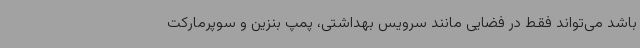
باشد می‌تواند فقط در فضایی مانند سرویس بهداشتی، پمپ بنزین و سوپرمارکت